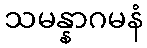
သမန္နာဂမနံ